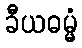
ခီယဓမ္မံ